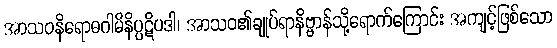
အာသဝနိရောဓဂါမိနိပ္ပဋိပဒါ၊ အာသဝ၏ချုပ်ရာနိဗ္ဗာန်သို့ရောက်ကြောင်း အကျင့်ဖြစ်သော